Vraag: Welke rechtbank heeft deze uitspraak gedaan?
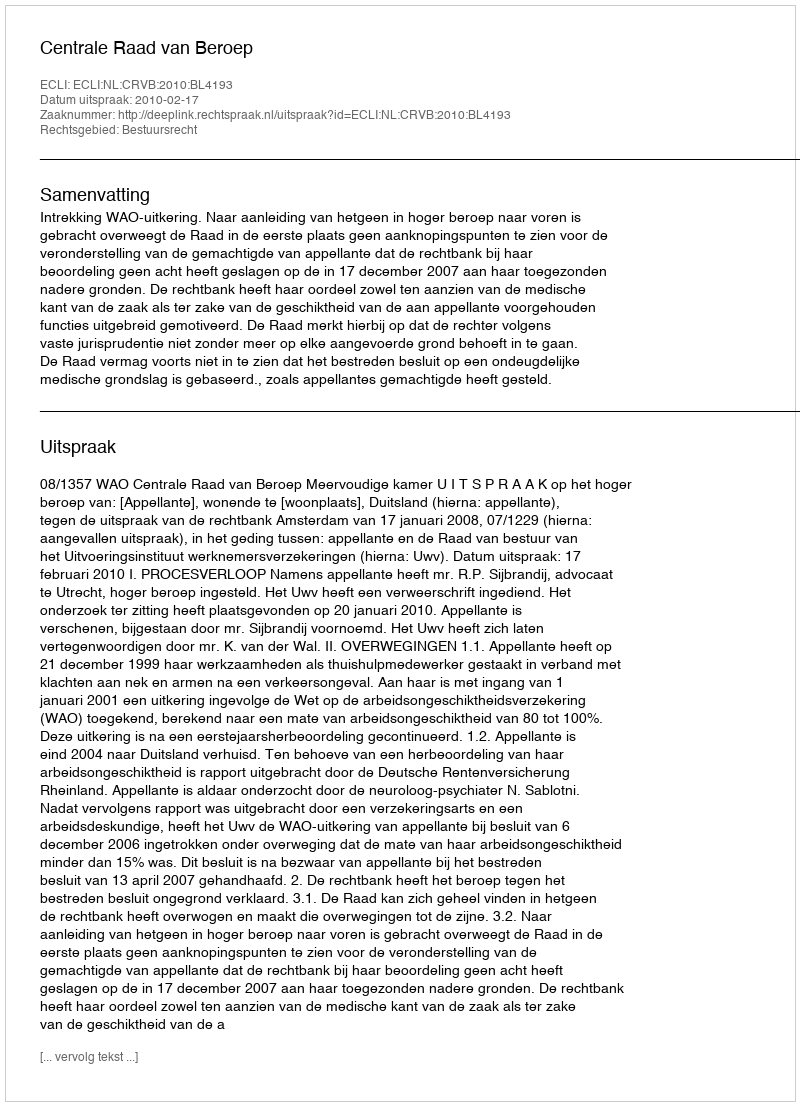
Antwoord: Centrale Raad van Beroep